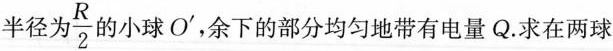
半径为\frac{R}{2}的小球O^{\prime}，余下的部分均匀地带有电量Q.求在两球